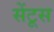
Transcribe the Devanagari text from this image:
सेंटूस